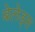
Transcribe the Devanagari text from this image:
बेलेड्स